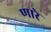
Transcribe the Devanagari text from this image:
णारे